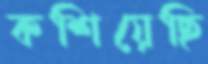
কশিয়েছি